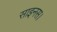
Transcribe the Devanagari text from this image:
साइनस।